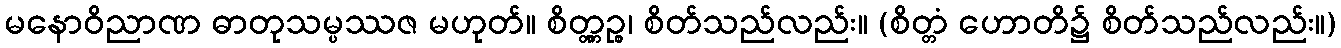
မနောဝိညာဏ ဓာတုသမ္ပဿဇ မဟုတ်။ စိတ္တ္ကဉ္စ၊ စိတ်သည်လည်း။ (စိတ္တံ ဟောတိ၌ စိတ်သည်လည်း။)